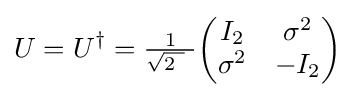
U=U^{\dagger }={\tfrac {1}{{\sqrt {2\ }}\ }}{\begin{pmatrix}I_{2}&\sigma ^{2}\\\sigma ^{2}&-I_{2}\end{pmatrix}}~